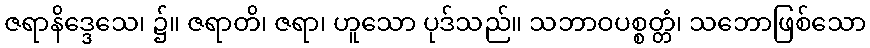
ဇရာနိဒ္ဒေသေ၊ ၌။ ဇရာတိ၊ ဇရာ၊ ဟူသော ပုဒ်သည်။ သဘာဝပစ္စတ္တံ၊ သဘောဖြစ်သော